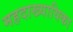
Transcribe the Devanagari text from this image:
महदाख्यायिका